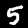
Digit: 5